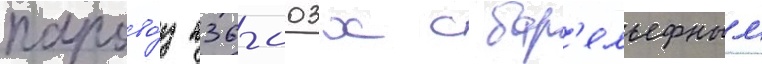
парово́з п36-003х с бар'ельефным